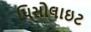
પિસોલાઇટ